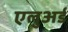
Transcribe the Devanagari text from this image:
एलुअर्ड